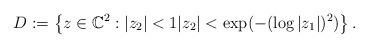
LaTeX: \begin{align*} D:=\left\{z\in\mathbb C^2:|z_2|<1 |z_2|<\exp(-(\log|z_1|)^2) \right\}. \end{align*}